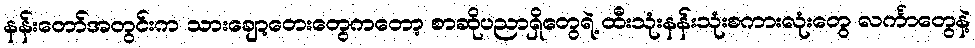
နန်းတော်အတွင်းက သားချော့တေးတွေကတော့ စာဆိုပညာရှိတွေရဲ့ ထီးသုံးနန်းသုံးစကားလုံးတွေ လင်္ကာတွေနဲ့